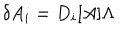
LaTeX: \delta A _ { i } = D _ { i } [ A ] \Lambda